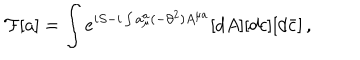
{ \cal F } [ a ] = \int e ^ { i S - i \int a _ { \mu } ^ { a } ( - \partial ^ { 2 } ) A ^ { \mu a } } [ d A ] [ d c ] [ d \bar { c } ] \, ,